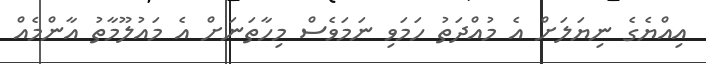
އިއްޔެގެ ނިޔަލަށް އެ މުއްދަތު ހަމަވި ނަމަވެސް މިހާތަނަށް އެ މައުލޫމާތު އާންމެއް